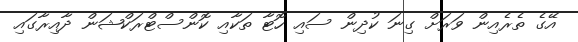
އޭގެ ތެރެއިން ވަރަށް ގިނަ ކުދިން ސައި ހޮޓާ ތަކާއި ކޮންސްޓްރަކްޝަން ދާއިރާގައި